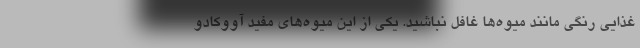
غذایی رنگی مانند میوه‌ها غافل نباشید. یکی از این میوه‌های مفید آووکادو